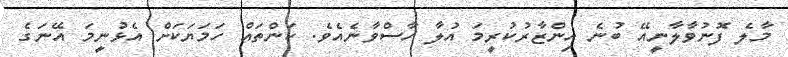
މާލެ ފޮނުވާލާނީއޭ ބުނެ އިންޒާރުކުރީމަ އުލާ ހާސްވާނެއެވެ. ކަންތައް ހަމަޔަކަށް އެޅުނީމަ އޭނަގެ